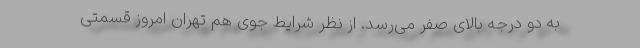
به دو درجه بالای صفر می‌رسد. از نظر شرایط جوی هم تهران امروز قسمتی